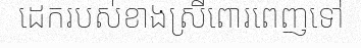
ដេករបស់ខាងស្រីពោរពេញទៅ